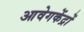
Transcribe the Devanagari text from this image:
आवेगकेंद्रों